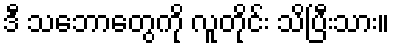
ဒီ သဘောတွေကို လူတိုင်း သိပြီးသား။